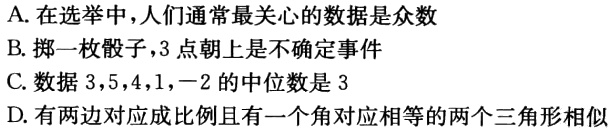
A. 在选举中，人们通常最关心的数据是众数

B. 掷一枚骰子，3 点朝上是不确定事件

C. 数据 3，5，4，1，−2 的中位数是 3

D. 有两边对应成比例且有一个角对应相等的两个三角形相似